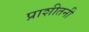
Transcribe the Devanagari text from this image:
प्राशीतनी